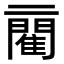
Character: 𨶄